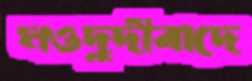
মওদুদীবাদে